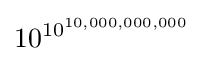
10^{10^{10,000,000,000}}